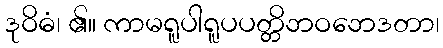
ဒုဝိဓံ၊ ၏။ ကာမရူပါရူပပတ္တိဘဝဘေဒတာ၊